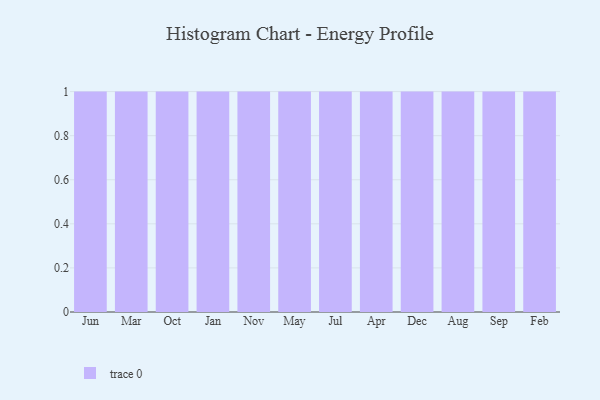
{"axis": {"x": "Month", "y": "Energy Usage (MWh)"}, "legend": [""], "data": [{"x": "Jun", "y": 59, "type": ""}, {"x": "Mar", "y": 23, "type": ""}, {"x": "Oct", "y": 72, "type": ""}, {"x": "Jan", "y": 58, "type": ""}, {"x": "Nov", "y": 70, "type": ""}, {"x": "May", "y": 8, "type": ""}, {"x": "Jul", "y": 69, "type": ""}, {"x": "Apr", "y": 94, "type": ""}, {"x": "Dec", "y": 46, "type": ""}, {"x": "Aug", "y": 9, "type": ""}, {"x": "Sep", "y": 65, "type": ""}, {"x": "Feb", "y": 9, "type": ""}]}